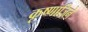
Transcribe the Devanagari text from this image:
कृष्णाजिने